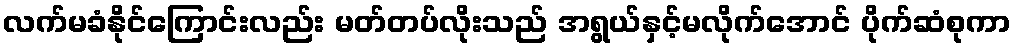
လက်မခံနိုင်ကြောင်းလည်း မတ်တပ်လိုးသည် အရွယ်နှင့်မလိုက်အောင် ပိုက်ဆံစုကာ